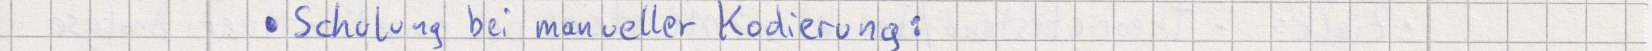
Schulung bei manueller Kodierung: